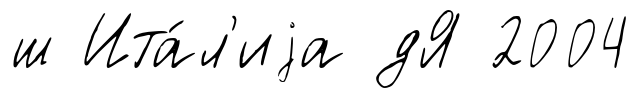
ш Ита́л'иjа дЯ 2004